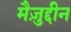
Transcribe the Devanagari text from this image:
मैज़ुद्दीन